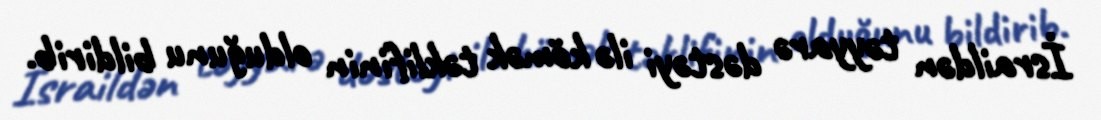
İsraildən təyyarə dəstəyi ilə kömək təklifinin olduğunu bildirib.